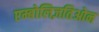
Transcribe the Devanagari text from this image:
एम्बोलिज़तिओन